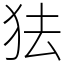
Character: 㹤